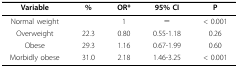
| Variable | % | OR* | 95% CI | P |
 | --- | --- | --- | --- | --- |
 | Normal weight |  | 1 | ─ | < 0.001 |
 | Overweight | 22.3 | 0.80 | 0.55-1.18 | 0.26 |
 | Obese | 29.3 | 1.16 | 0.67-1.99 | 0.60 |
 | Morbidly obese | 31.0 | 2.18 | 1.46-3.25 | < 0.001 |